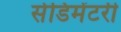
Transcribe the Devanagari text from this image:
सेडिमेंटरी